Indian journal of veterinary science and animal husbandry - Volume 14,
Year: 1944
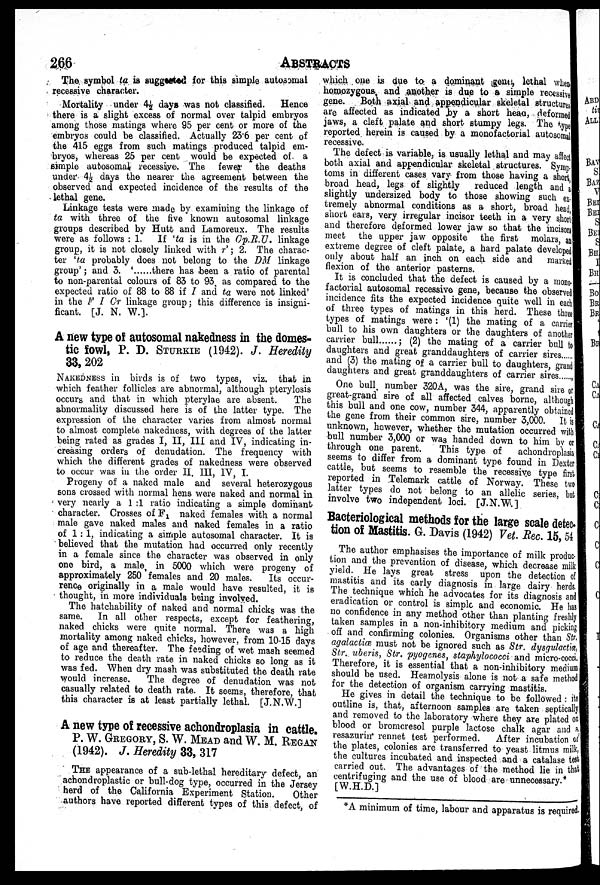
266
ABSTRACTS
The symbol ta is suggested for this simple autosomal
recessive character.
Mortality under 4½ days was not classified.
Hence
there is a slight excess of normal over talpid embryos
among those matings where 95 per cent or more of the
embryos could be classified. Actually 23.6 per cent of
the 415 eggs from such matings produced talpid em-
bryos, whereas 25 per cent would be expected of a
simple autosomal recessive. The fewer the deaths
under 4½ days the nearer the agreement between the
observed and expected incidence of the results of the
lethal gene.
Linkage tests were made by examining the linkage of
ta with three of the five known autosomal linkage
groups described by Hutt and Lamoreux. The results
were as follows: 1. If 'ta is in the Cp.R.U. linkage
group, it is not closely linked with r'; 2. The charac-
ter 'ta probably does not belong to the DM linkage
group'; and 3. '
there has been a ratio of parental
to non-parental colours of 83 to 93, as compared to the
expected ratio of 88 to 88 if I and ta were not linked'
in the F I Cr linkage group; this difference is insigni-
ficant. [J. N. W.].
A new type of autosomal nakedness in the domes-
tic fowl, P. D. STURKIE (1942). J. Heredity
33, 202
NAKEDNESS in birds is of two types, viz. that in
which feather follicles are abnormal, although pterylosis
occurs and that in which pterylae are absent.
The
abnormality discussed here is of the latter type. The
expression of the character varies from almost normal
to almost complete nakedness, with degrees of the latter
being rated as grades I, II, III and IV, indicating in-
creasing orders of denudation. The frequency with
which the different grades of nakedness were observed
to occur was in the order II. III, IV, I.
Progeny of a naked male and several heterozygous
sons crossed with normal hens were naked and normal in
very nearly a 1:1 ratio indicating a simple dominant
character. Crosses of F 1 naked females with a normal
male gave naked males and naked females in a ratio
of 1:1, indicating a simple autosomal character. It is
believed that the mutation had occurred only recently
in a female since the character was observed in only
one bird, a male in 5000 which were progeny of
approximately 250 females and 20 males.
Its occur-
rence originally in a male would have resulted, it is
thought, in more individuals being involved.
The hatchability of naked and normal chicks was the
same. In all other respects, except for feathering,
naked chicks were quite normal. There was a high
mortality among naked chicks, however, from 10-15 days
of age and thereafter. The feeding of wet mash seemed
to reduce the death rate in naked chicks so long as it
was fed. When dry mash was substituted the death rate
would increase.
The degree of denudation was not
casually related to death rate. It seems, therefore, that
this character is at least partially lethal. [J.N.W.]
A new type of recessive achondroplasia in cattle.
P. W. GREGORY, S. W. MEAD and W. M. REGAN
(1942). J. Heredity 33, 317
THE appearance of a sub-lethal hereditary defect, an
achondroplastic or bull-dog type, occurred in the Jersey
herd of the California Experiment Station.
Other
authors have reported different types of this defect, of
which one is due to a dominant gene, lethal when
homozygous and another is due to a simple recessive
gene. Both axial and appendicular skeletal structures
are affected as indicated by a short head, deformed
jaws, a cleft palate and short stumpy legs. The type
reported herein is caused by a monofactorial autosomal
recessive.
The defect is variable, is usually lethal and may affect
both axial and appendicular skeletal structures. Symp-
toms in different cases vary from those having a short,
broad head, legs of slightly reduced length and a
slightly undersized body to those showing such ex
tremely abnormal conditions as a short, broad head,
short ears, very irregular incisor teeth in a very short
and therefore deformed lower jaw so that the incisors
meet the upper jaw opposite the first molars, an
extreme degree of cleft palate, a hard palate developed
only about half an inch on each side and marked
flexion of the anterior pasterns.
It is concluded that the defect is caused by a mono-
factorial autosomal recessive gene, because the observed
incidence fits the expected incidence quite well in each
of three types of matings in this herd. These three
types of matings were: '(1) the mating of a carrier
bull to his own daughters or the daughters of another
carrier bull
; (2) the mating of a carrier bull to
daughters and great granddaughters of carrier sires
and (3) the mating of a carrier bull to daughters, grand
daughters and great granddaughters of carrier sires ,
One bull number 320A, was the sire, grand sire or
great-grand sire of all affected calves borne, although
this bull and one cow, number 344, apparently obtained
the gene from their common sire, number 3,000. It is
unknown, however, whether the mutation occurred with
bull number 3,000 or was handed down to him by or
through one parent.
This type of
achondroplasia
seems to differ from a dominant type found in Dexter
cattle, but seems to resemble the recessive type first
reported in Telemark cattle of Norway. These t wo
latter types do not belong to an allelic series, but
involve two independent loci. [J.N.W.]
Bacteriological methods for the large scale detec-
tion of Mastitis. G. Davis (1942) Vet. Rec. 15, 54
The author emphasises the importance of milk produc-
tion and the prevention of disease, which decrease milk
yield. He lays great stress upon the detection of
mastitis and its early diagnosis in large dairy herds.
The technique which he advocates for its diagnosis and
eradication or control is simple and economic. He has
no confidence in any method other than planting freshly
taken samples in a non-inhibitory medium and picking
off and confirming colonies. Organisms other than Str.
agalactiœ must not be ignored such as Str. dysgulactiœ,
Str. uberis, Str. pyogenes, staphylococci and micro-cocci.
Therefore, it is essential that a non-inhibitory medium
should be used. Heamolysis alone is not a safe method
for the detection of organism carrying mastitis.
He gives in detail the technique to be followed: its
outline is, that, afternoon samples are taken septically
and removed to the laboratory where they are plated on
blood or bromcresol purple lactose chalk agar and
resazurin rennet test performed.
After incubation of
the plates, colonies are transferred to yeast litmus milk,
the cultures incubated and inspected and a catalase test
carried out. The advantages of the method lie in that
centrifuging and the use of blood are unnecessary.*
[W.H.D.]
*A minimum of time, labour and apparatus is required.